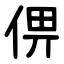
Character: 㑭